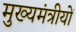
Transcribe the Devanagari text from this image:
मुख्यमंत्रीयों